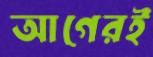
আগেরই